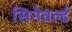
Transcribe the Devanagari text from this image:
सिनेवर्ल्ड